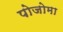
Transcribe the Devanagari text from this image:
पोजोमा